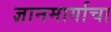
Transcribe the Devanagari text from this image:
ज्ञानमार्गाचा